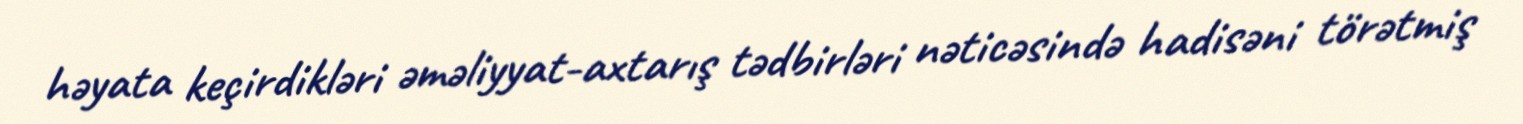
həyata keçirdikləri əməliyyat-axtarış tədbirləri nəticəsində hadisəni törətmiş